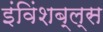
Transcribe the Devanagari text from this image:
इंविंशब्ल्स